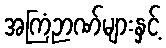
အကြံဉာဏ်များနှင့်